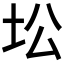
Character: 𱖍